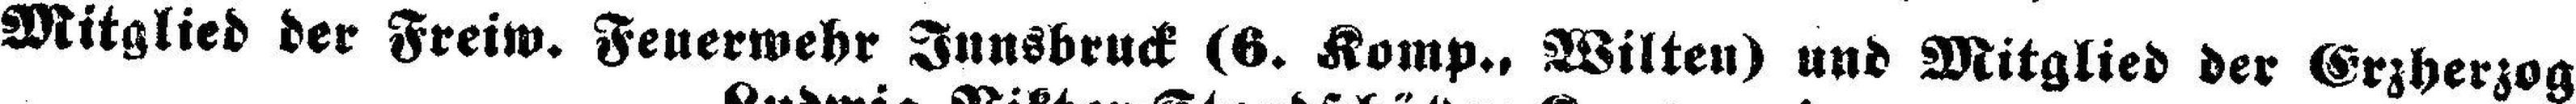
Mitglied der Freiw. Feuerwehr Innsbruck (6. Komp., Wilten) und Mitglied der Erzherzog